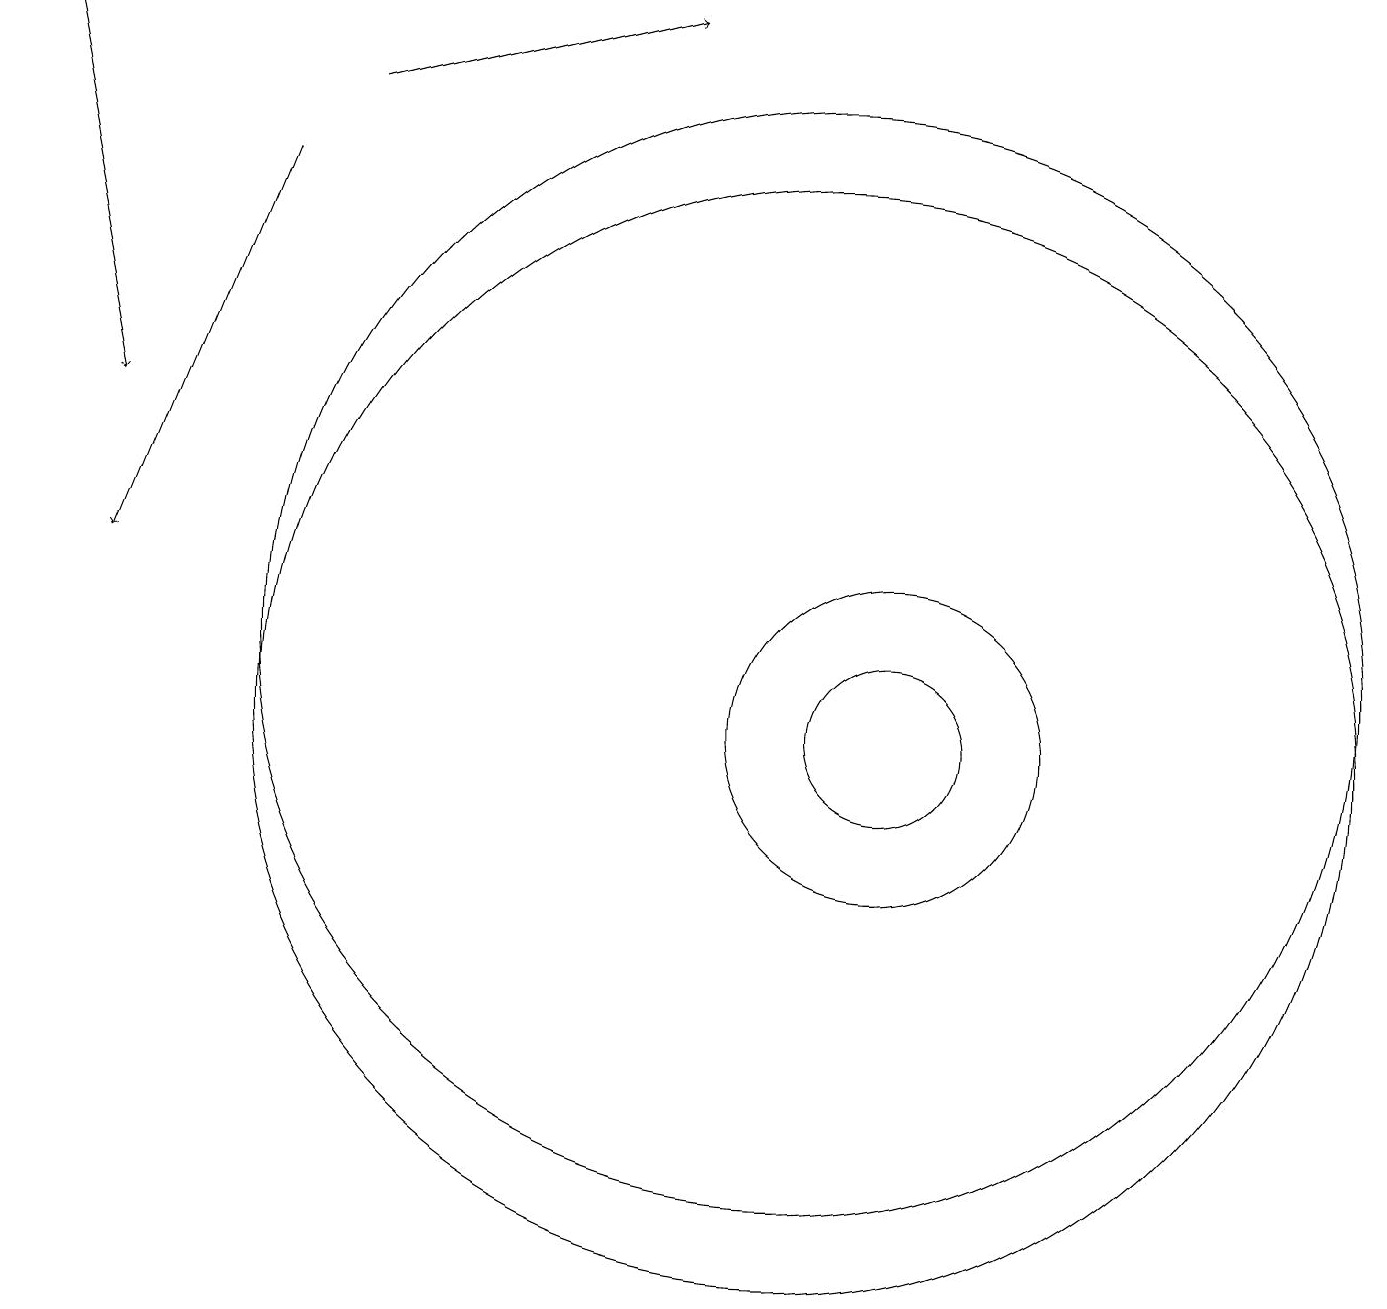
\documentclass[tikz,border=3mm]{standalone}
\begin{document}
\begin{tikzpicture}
\draw[->] (4,18) -- (8,19);
\draw[->] (3,17) -- (1,12);
\draw[->] (0,19) -- (1,14);
\draw (11,10) circle (1);
\draw (10,10) circle (7);
\draw (10,11) circle (7);
\draw (11,10) circle (2);
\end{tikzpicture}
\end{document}